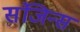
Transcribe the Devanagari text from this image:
संजिन्स